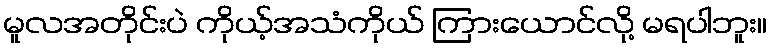
မူလအတိုင်းပဲ ကိုယ့်အသံကိုယ် ကြားယောင်လို့ မရပါဘူး။